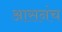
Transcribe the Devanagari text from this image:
आसनंच